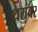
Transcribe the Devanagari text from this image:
थरांवर